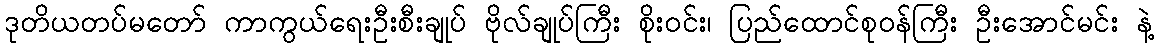
ဒုတိယတပ်မတော် ကာကွယ်ရေးဦးစီးချုပ် ဗိုလ်ချုပ်ကြီး စိုးဝင်း၊ ပြည်ထောင်စုဝန်ကြီး ဦးအောင်မင်း နဲ့